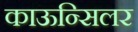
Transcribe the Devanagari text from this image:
काऊन्सिलर